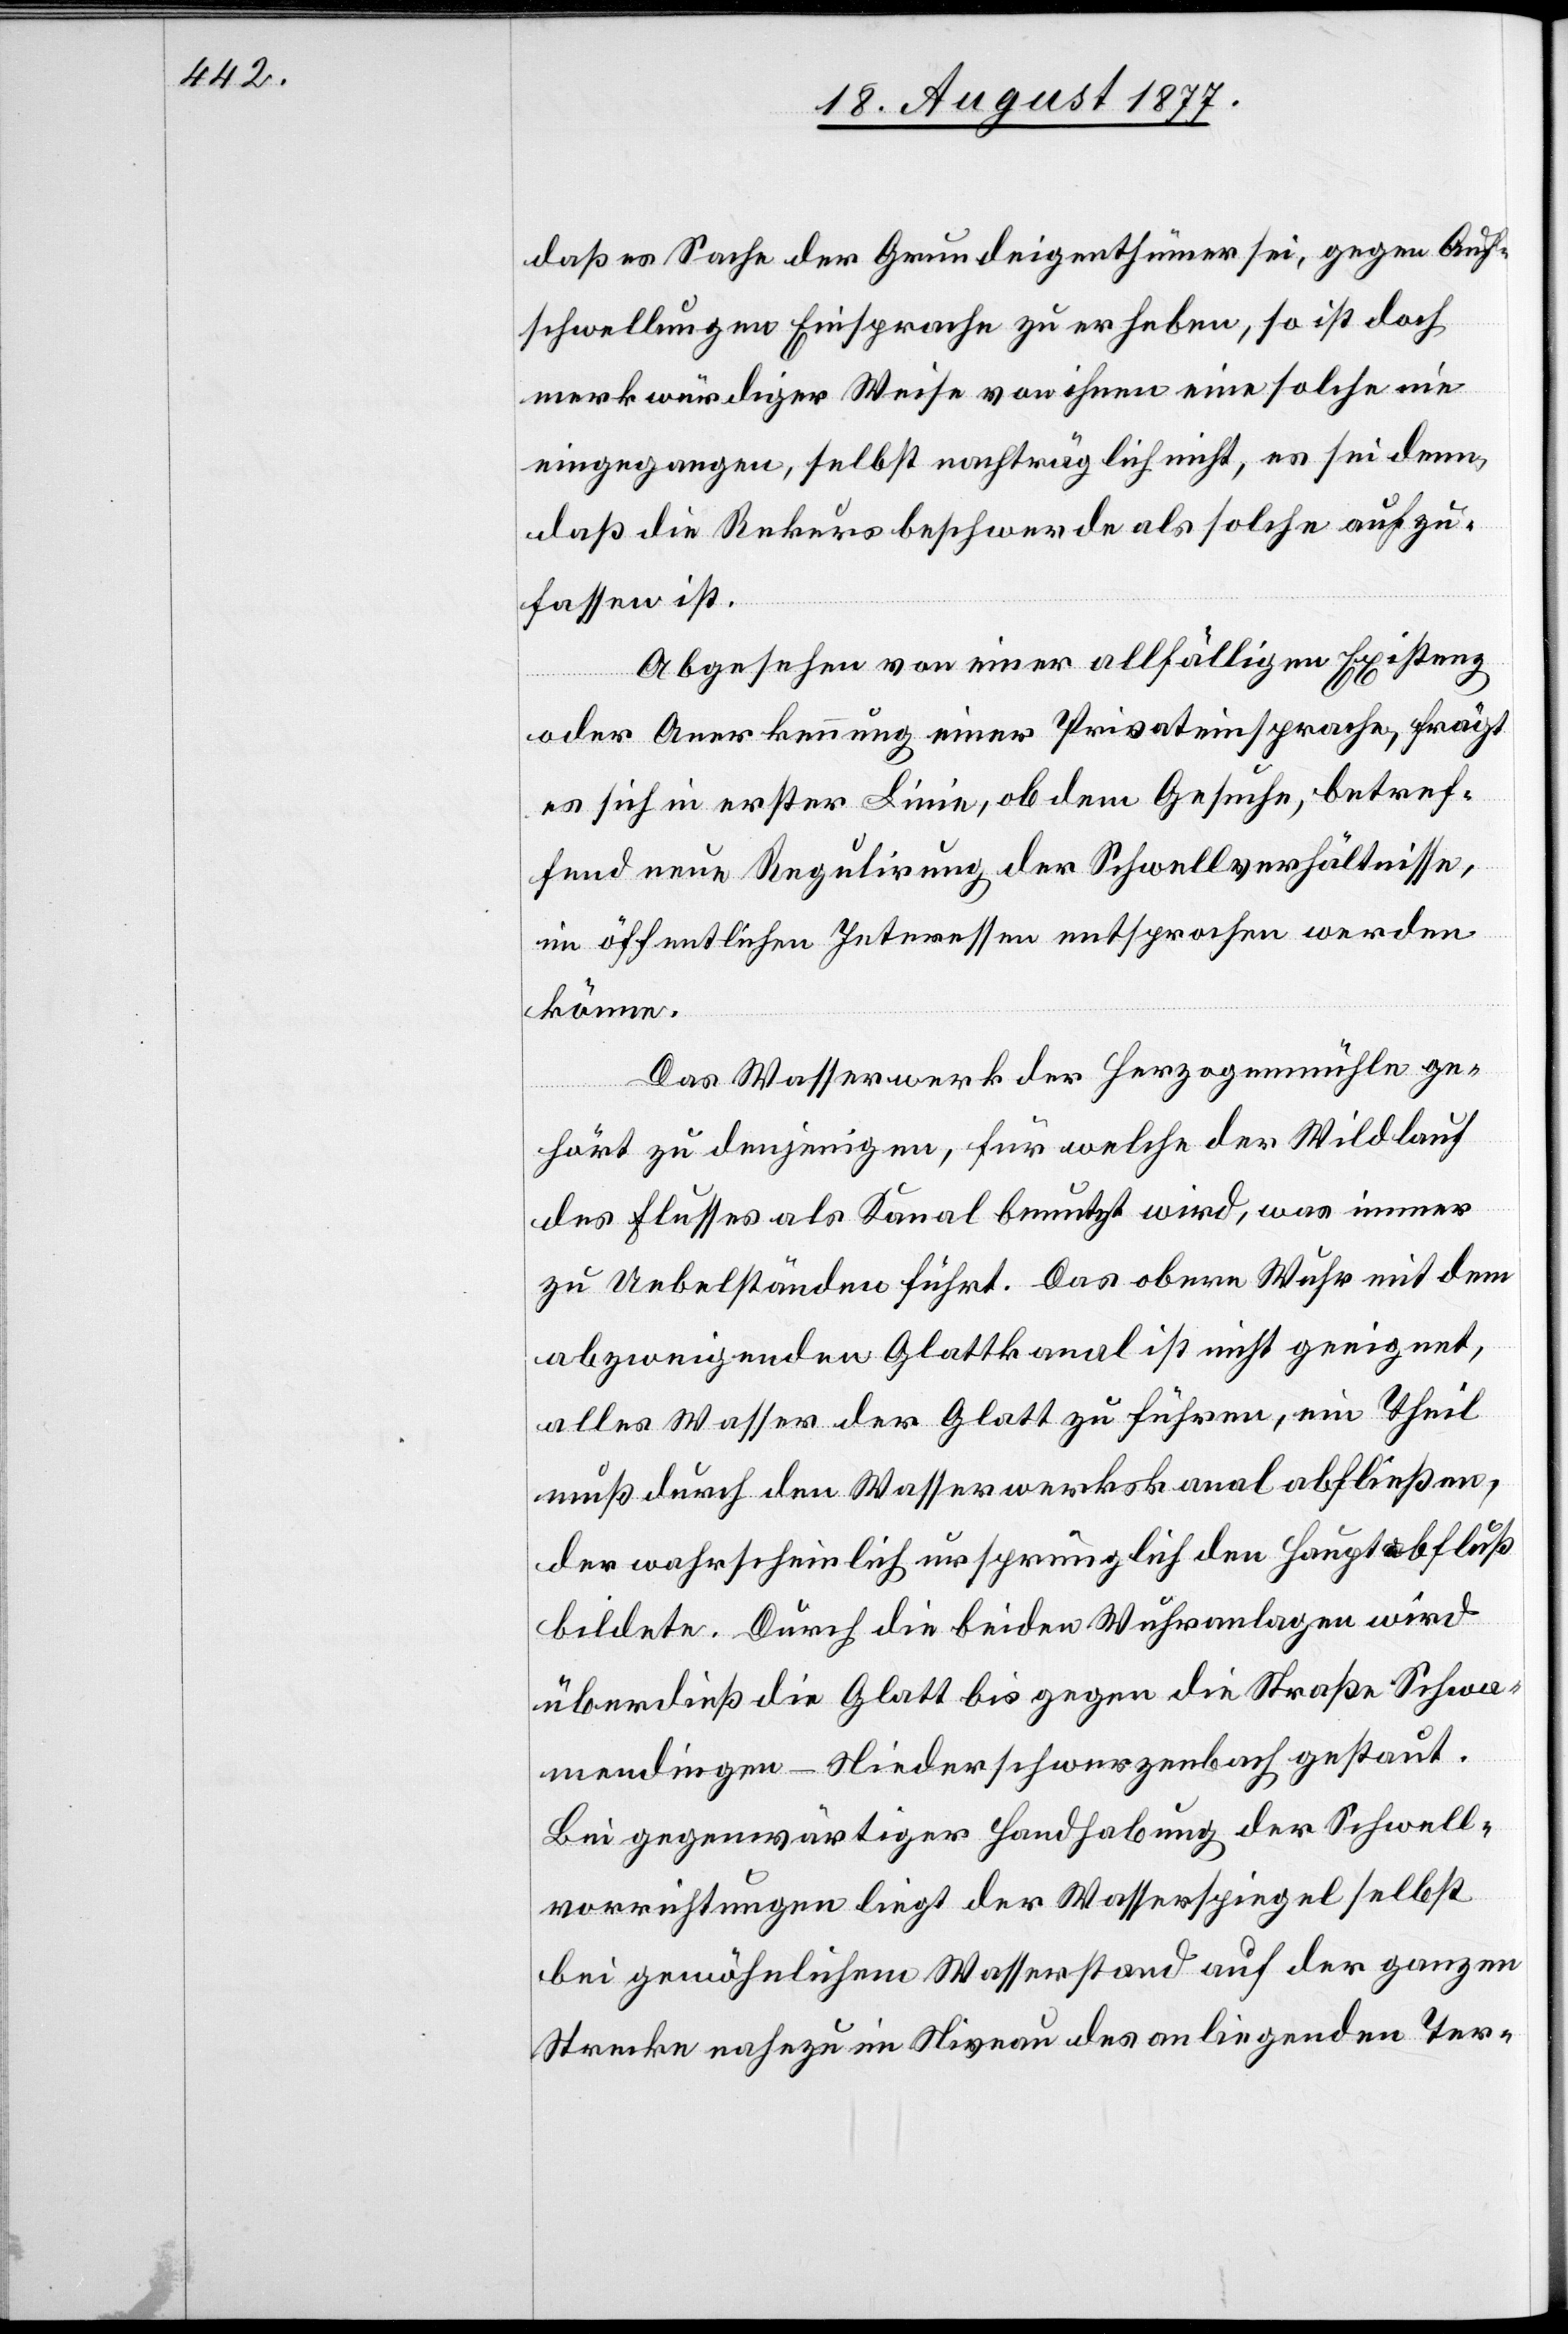
daß es Sache der Grundeigenthümer sei, gegen Auf¬
schwellungen Einsprache zu erheben, so ist doch
merkwürdiger Weise von ihnen eine solche nie
eingegangen, selbst nachträglich nicht, es sei denn,
daß die Rekursbeschwerde als solche aufzu¬
fassen ist.
Abgesehen von einer allfälligen Existenz
oder Anerkennung einer Privateinsprache, frägt
es sich in erster Linie, ob dem Gesuche, betref¬
fend neue Regulirung der Schwellverhältnisse,
im öffentlichen Interessen [sic!] entsprochen werden
könne.
Das Wasserwerk der Herzogenmühle ge¬
hört zu denjenigen, für welche der Wildlauf
des Flusses als Kanal benutzt wird, was immer
zu Uebelständen führt. Das obere Wuhr mit dem
abzweigenden Glattkanal ist nicht geeignet,
alles Wasser der Glatt zu führen, ein Theil
muß durch den Wasserwerkskanal abfließen,
der wahrscheinlich ursprünglich den Hauptabfluß
bildete. Durch die beiden Wuhranlagen wird
überdieß die Glatt bis gegen die Straße Schwa¬
mendingen–Niederschwerzenbach gestaut.
Bei gegenwärtiger Handhabung der Schwell¬
vorrichtungen liegt der Wasserspiegel selbst
bei gewöhnlichem Wasserstand auf der ganzen
Strecke nahezu im Niveau des anliegenden Ter-